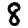
Digit: 8